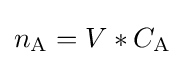
n_{\rm {A}}=V*C_{\rm {A}}